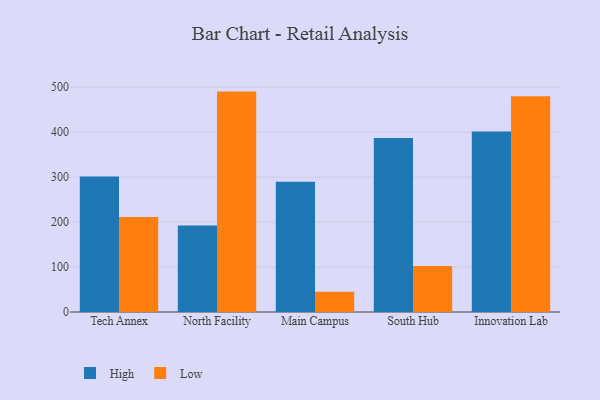
{"axis": {"x": "Campus", "y": "Conversion Rate (%)"}, "legend": ["High", "Low"], "data": [{"x": "Tech Annex", "y": 301.7, "type": "High"}, {"x": "Tech Annex", "y": 211.6, "type": "Low"}, {"x": "North Facility", "y": 192.5, "type": "High"}, {"x": "North Facility", "y": 490.4, "type": "Low"}, {"x": "Main Campus", "y": 290.0, "type": "High"}, {"x": "Main Campus", "y": 44.9, "type": "Low"}, {"x": "South Hub", "y": 387.3, "type": "High"}, {"x": "South Hub", "y": 102.6, "type": "Low"}, {"x": "Innovation Lab", "y": 401.7, "type": "High"}, {"x": "Innovation Lab", "y": 480.3, "type": "Low"}]}